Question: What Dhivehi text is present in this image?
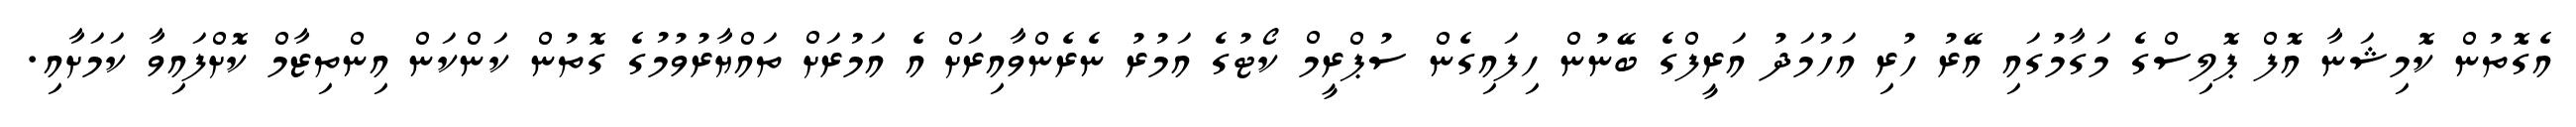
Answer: އެގޮތުން ކޮމިޝަނާ އޮފް ޕޮލިސްގެ މަގާމުގައި އޭރު ހުރި އަހުމަދު އަރީފްގެ ބޭނުން ހިފައިގެން ސުޕްރީމް ކޯޓުގެ އަމުރު ނެރެންވާއިރަށް އެ އަމުރަށް ތައްޔާރުވުމުގެ ގޮތުން ކަންކަން އިންތިޒާމް ކޮށްފައިވާ ކަމަށާއި.